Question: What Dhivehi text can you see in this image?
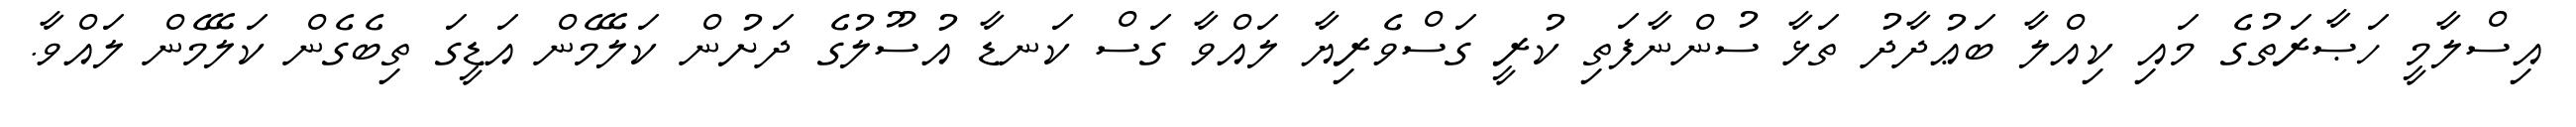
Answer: އިސްލާމީ ހަޞާރަތުގެ މައި ކިއްލާ ބަޢުދާދު ތަޅާ ސުންނާފަތި ކުރީ ގަސްވެރިޔާ ލައްވާ ގަސް ކަނޑާ އުސޫލުގެ ދަށުން ކަލޭމެން އަޑީގަ ތިބެގެން ކަލޭމެން ލައްވާ.